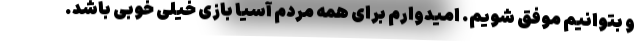
و بتوانیم موفق شویم. امیدوارم برای همه مردم آسیا بازی خیلی خوبی باشد.